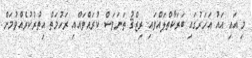
މި އައި އައު އަހަރުގައި ބަރަކާތްލައްވައި ރިޒްޤު ތަނަވަސް ކުރައްވައްއި ރަހުމަތް އިތުރުކުރެއްވުމަށް